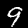
Label: 9